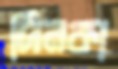
দিনকা